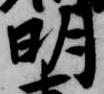
明